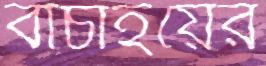
বাচাইয়ের